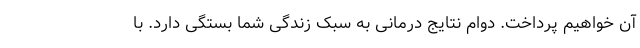
آن خواهیم پرداخت. دوام نتایج درمانی به سبک زندگی شما بستگی دارد. با